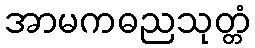
အာမကဓညသုတ္တံ